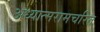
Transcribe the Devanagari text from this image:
अध्यात्मरामचरित